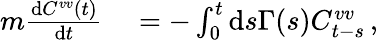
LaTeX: \begin{array}{rl}{m\frac{\mathrm{d}C^{vv}(t)}{\mathrm{d}t}}&{{}=-\int_{0}^{t}\mathrm{d}s\Gamma(s)C_{t-s}^{vv}\, ,}\end{array}